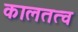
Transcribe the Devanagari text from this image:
कालतत्व